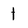
Character: 1